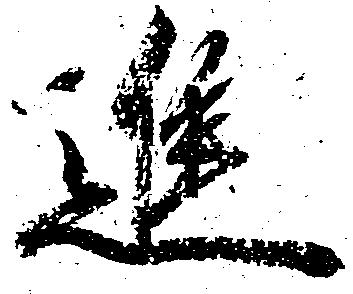
進